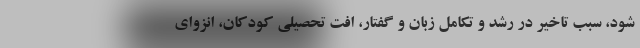
شود، سبب تاخیر در رشد و تکامل زبان و گفتار، افت تحصیلی کودکان، انزوای